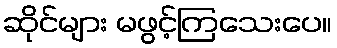
ဆိုင်များ မဖွင့်ကြသေးပေ။